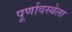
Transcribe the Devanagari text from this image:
पूर्णावस्थेला